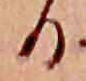
る